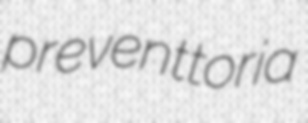
preventtoria